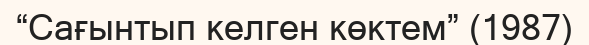
“Сағынтып келген көктем” (1987)